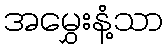
အမွှေးနံ့သာ